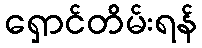
ရှောင်တိမ်းရန်